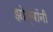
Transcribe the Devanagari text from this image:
झोम्बॉनी